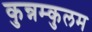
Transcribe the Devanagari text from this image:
कुन्नम्कुलम